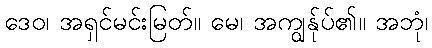
ဒေဝ၊ အရှင်မင်းမြတ်။ မေ၊ အကျွန်ုပ်၏။ အဘုံ၊